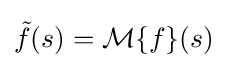
{\tilde {f}}(s)={\mathcal {M}}\{f\}(s)